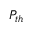
P _ { { t h } }